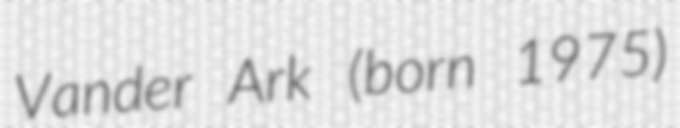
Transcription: Vander Ark (born 1975)